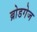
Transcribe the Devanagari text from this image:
ब्रोडगेज